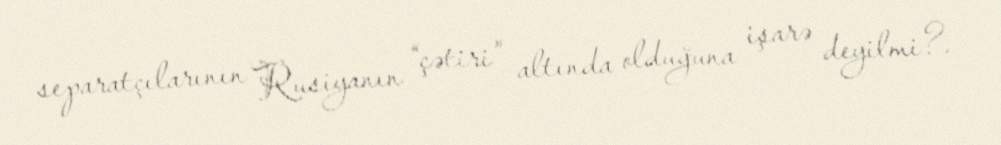
separatçılarının Rusiyanın “çətiri” altında olduğuna işarə deyilmi?.